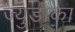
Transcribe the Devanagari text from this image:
ज्युडोका